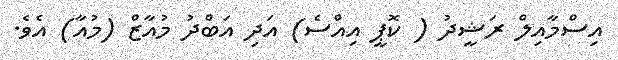
އިސްމާއިލް ރަޝީދު ( ކޮޕީ އިއްސެ) އަދި އަބްދު މުއާޒް (މުއާ) އެވެ.